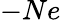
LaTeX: -Ne